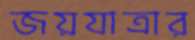
জয়যাত্রার